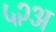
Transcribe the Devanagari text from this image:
५२अ